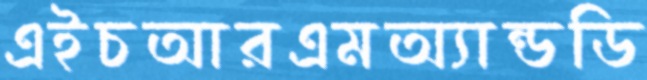
এইচআরএমঅ্যান্ডডি